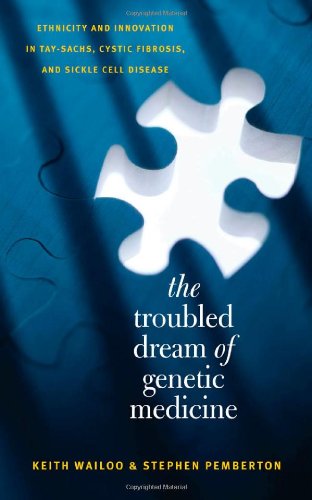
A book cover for The Troubled Dream of Genetic Medicine: Ethnicity and Innovation in Tay-Sachs, Cystic Fibrosis, and Sickle Cell Disease; Keith Wailoo; Health, Fitness & Dieting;